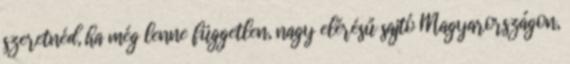
szeretnéd, ha még lenne független, nagy elérésű sajtó Magyarországon,